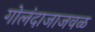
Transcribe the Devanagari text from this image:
गोलंदाजाजवळ